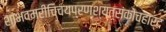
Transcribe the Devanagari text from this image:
शांभवमरीचिचयप्रणश्यत्संकोचहार्द